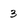
Character: 3